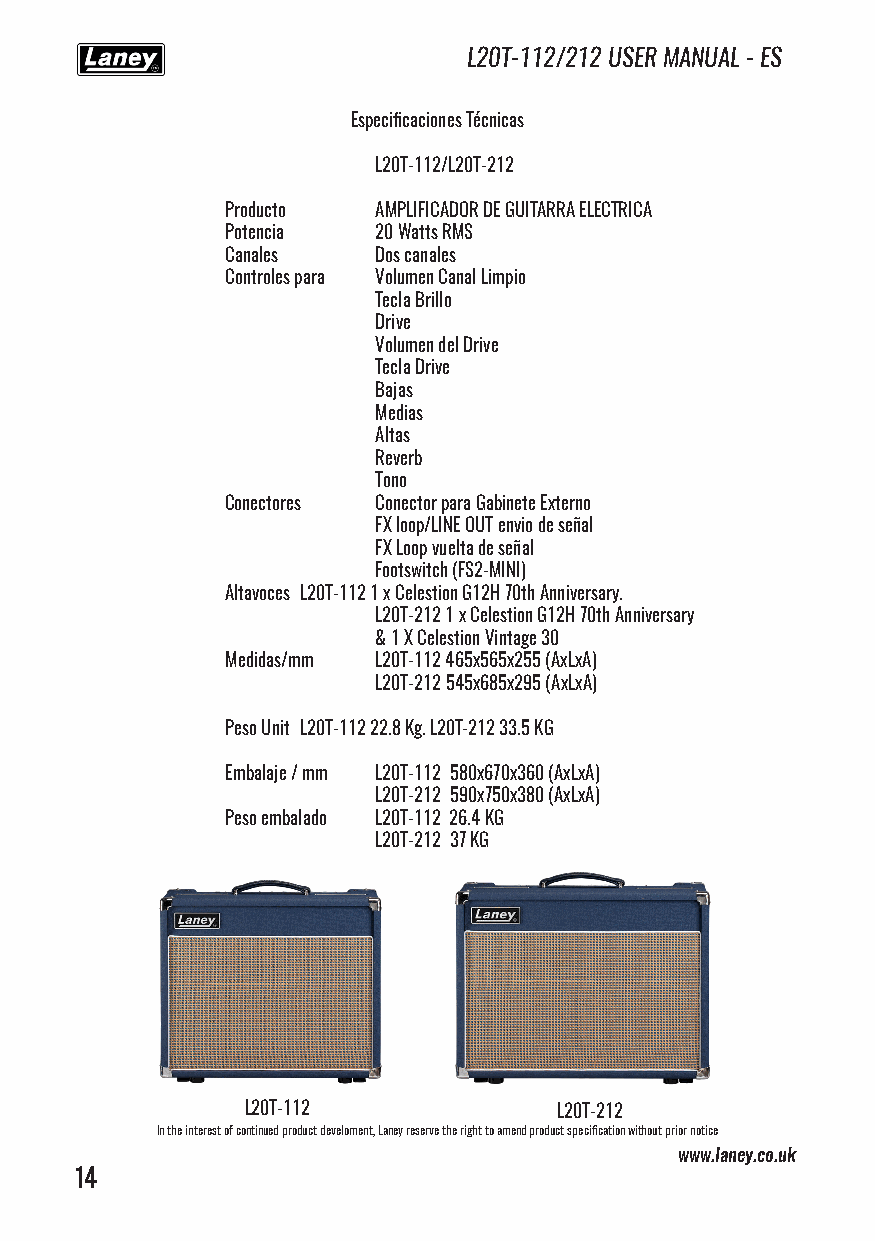
L20T-112/212 USER MANUAL - ES
 Especificaciones Técnicas
 L20T-112/L20T-212
 Producto  AMPLIFICADOR DE GUITARRA ELECTRICA
 Potencia  20 Watts RMS
 Canales   Dos canales
 Controles para Volumen Canal Limpio
 Tecla Brillo
 Drive
 Volumen del Drive
 Tecla Drive
 Bajas
 Medias
 Altas
 Reverb
 Tono
 Conectores Conector para Gabinete Externo
 FX loop/LINE OUT envio de señal
 FX Loop vuelta de señal
 Footswitch (FS2-MINI)
 Altavoces L20T-112 1 x Celestion G12H 70th Anniversary.
 L20T-212 1 x Celestion G12H 70th Anniversary
 & 1 X Celestion Vintage 30
 Medidas/mm L20T-112 465x565x255 (AxLxA)
 L20T-212 545x685x295 (AxLxA)
 Peso Unit L20T-112 22.8 Kg. L20T-212 33.5 KG
 Embalaje / mm L20T-112 580x670x360 (AxLxA)
 L20T-212 590x750x380 (AxLxA)
 Peso embalado L20T-112 26.4 KG
 L20T-212 37 KG
 L20T-112             L20T-212
 In the interest of continued product develoment, Laney reserve the right to amend product specification without prior notice
 www.laney.co.uk
 14